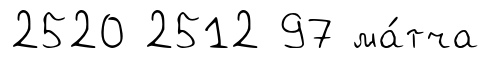
2520 2512 97 ма́тча